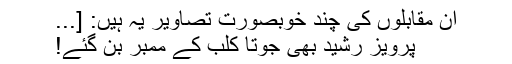
ان مقابلوں کی چند خوبصورت تصاویر یہ ہیں: [...
پرویز رشید بھی جوتا کلب کے ممبر بن گئے!